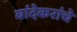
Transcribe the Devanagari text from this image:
बांदेकरांचे